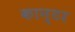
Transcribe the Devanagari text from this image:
कान्टर